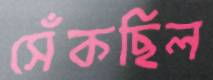
সেঁকছিল